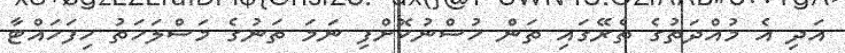
އަދި އެ މުއްދަތުގެ ތެރޭގައި ތަން ހުސްނުކޮށްފި ނަމަ ތަނުގެ މަސްލަހަތު ހިފަހައްޓާ